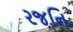
રજનિ